Report of the Indian Hemp Drugs Commission, 1894-1895 - Volume III
Year: 1894
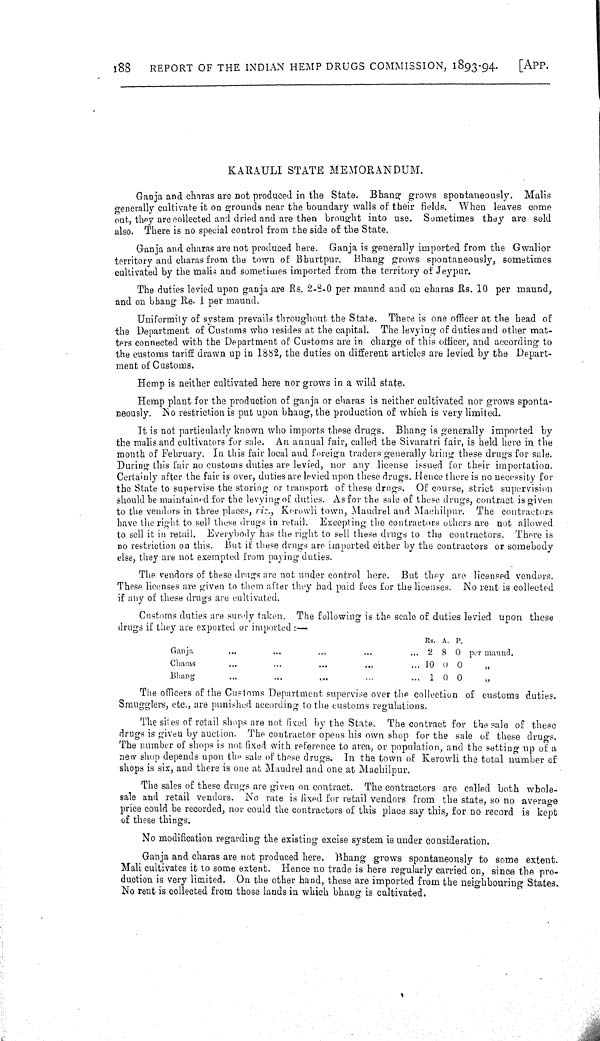
188
REPORT OF THE INDIAN HEMP DRUGS COMMISSION, 1893-94.
[APP.
KARAULI STATE MEMORANDUM.
Ganja and charas are not produced in the State. Bhang grows spontaneously. Malis
generally cultivate it on grounds near the boundary walls of their fields. When leaves come
out, they are collected and dried and are then brought into use. Sometimes they are sold
also. There is no special control from the side of the State.
Ganja and charas are not produced here. Ganja is generally imported from the Gwalior
territory and charas from the town of Bhurtpur. Bhang grows spontaneously, sometimes
cultivated by the malis and sometimes imported from the territory of Jeypur.
The duties levied upon ganja are Rs. 2-8-0 per maund and on charas Rs. 10 per maund,
and on bhang Re. 1 per maund.
Uniformity of system prevails throughout the State. There is one officer at the head of
the Department of Customs who resides at the capital. The levying of duties and other mat-
ters connected with the Department of Customs are in charge of this officer, and according to
the customs tariff drawn up in 1882, the duties on different articles are levied by the Depart-
ment of Customs.
Hemp is neither cultivated here nor grows in a wild state.
Hemp plant for the production of ganja or charas is neither cultivated nor grows sponta-
neously. No restriction is put upon bhang, the production of which is very limited.
It is not particularly known who imports these drugs. Bhang is generally imported by
the malis and cultivators for sale. An annual fair, called the Sivaratri fair, is held here in the
month of February. In this fair local and foreign traders generally bring these drugs for sale.
During this fair no customs duties are levied, nor any license issued for their importation.
Certainly after the fair is over, duties are levied upon these drugs. Hence there is no necessity for
the State to supervise the storing or transport of these drugs. Of course, strict supervision
should be maintained for the levying of duties. As for the sale of these drugs, contract is given
to the vendors in three places, viz., Kerowli town, Mandrel and Machilpur. The contractors
have the right to sell these drugs in retail. Excepting the contractors others are not allowed
to sell it in retail. Everybody has the right to sell these drugs to the contractors. There is
no restriction on this. But if these drugs are imported either by the contractors or somebody
else, they are not exempted from paying duties.
The vendors of these drugs are not under control here. But they are licensed vendors.
These licenses are given to them after they had paid fees for the licenses. No rent is collected
if any of these drugs are cultivated.
Customs duties are surely taken. The following is the scale of duties levied upon these
drugs if they are exported or imported:-
Rs. A. P.
Ganja
2 8 0 per maund.
Charas
10 0 0
"
Bhang
1 0 0
"
The officers of the Customs Department supervise over the collection of customs duties.
Smugglers, etc., are punished according to the customs regulations.
The sites of retail shops are not fixed by the State. The contract for the sale of these
drugs is given by auction. The contractor opens his own shop for the sale of these drugs.
The number of shops is not fixed with reference to area, or population, and the setting up of a
new shop depends upon the sale of these drugs. In the town of Kerowli the total number of
shops is six, and there is one at Maudrel and one at Machilpur.
The sales of these drugs are given on contract. The contractors are called both whole-
sale and retail vendors. No rate is fixed for retail vendors from the state, so no average
price could be recorded, nor could the contractors of this place say this, for no record is kept
of these things.
No modification regarding the existing excise system is under consideration.
Ganja and charas are not produced here. Bhang grows spontaneously to some extent.
Mali cultivates it to some extent. Hence no trade is here regularly carried on, since the pro-
duction is very limited. On the other hand, these are imported from the neighbouring States.
No rent is collected from those lands in which bhang is cultivated.